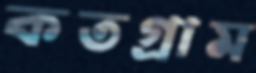
কতগ্রাম